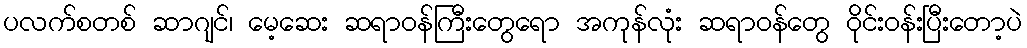
ပလက်စတစ် ဆာဂျင်၊ မေ့ဆေး ဆရာဝန်ကြီးတွေရော အကုန်လုံး ဆရာဝန်တွေ ဝိုင်းဝန်းပြီးတော့ပဲ